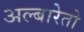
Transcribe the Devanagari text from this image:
अल्बारेतो